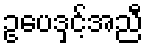
ဥပေဒှင့်အညီ